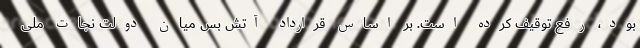
بود، رفع توقیف کرده است. بر اساس قرارداد آتش بس میان دولت نجات ملی